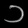
Digit: ၁